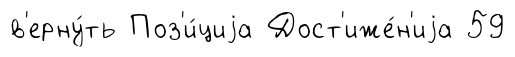
в'ерну́ть Поз'и́циjа Дост'иже́н'иjа 59